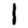
Digit: 1